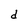
Character: d